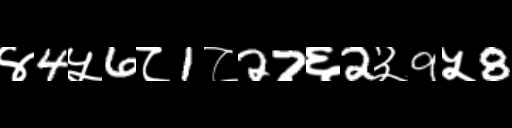
Text: ४4५6८1८27६2३9५8